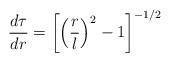
LaTeX: \begin{align*}\frac{d\tau}{dr} = \left[\left(\frac{r}{l}\right)^{2}-1\right]^{-1/2}\end{align*}